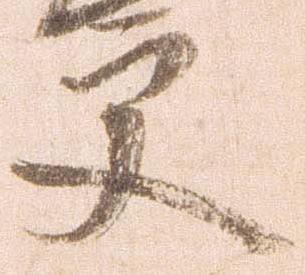
更